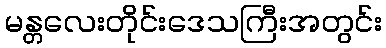
မန္တလေးတိုင်းဒေသကြီးအတွင်း